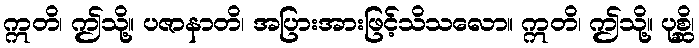
ဣတိ၊ ဤသို့။ ပဇာနာတိ၊ အပြားအားဖြင့်သိသလော။ ဣတိ၊ ဤသို့။ ပုစ္ဆိ၊